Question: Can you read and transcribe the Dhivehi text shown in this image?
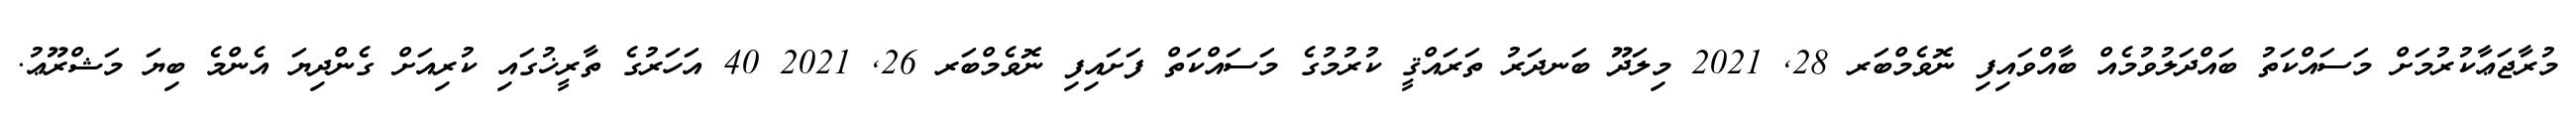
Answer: މުރާޖަޢާކުރުމަށް މަސައްކަތު ބައްދަލުވުމެއް ބާއްވައިފި ނޮވެމްބަރ 28, 2021 މިލަދޫ ބަނދަރު ތަރައްޤީ ކުރުމުގެ މަސައްކަތް ފަށައިފި ނޮވެމްބަރ 26, 2021 40 އަހަރުގެ ތާރީޚުގައި ކުރިއަށް ގެންދިޔަ އެންމެ ބިޔަ މަޝްރޫޢު.